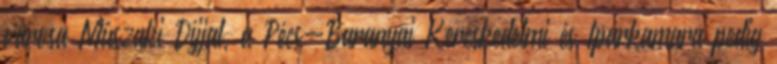
városa Mûszaki Díjjal, a Pécs-Baranyai Kereskedelmi és Iparkamara pedig